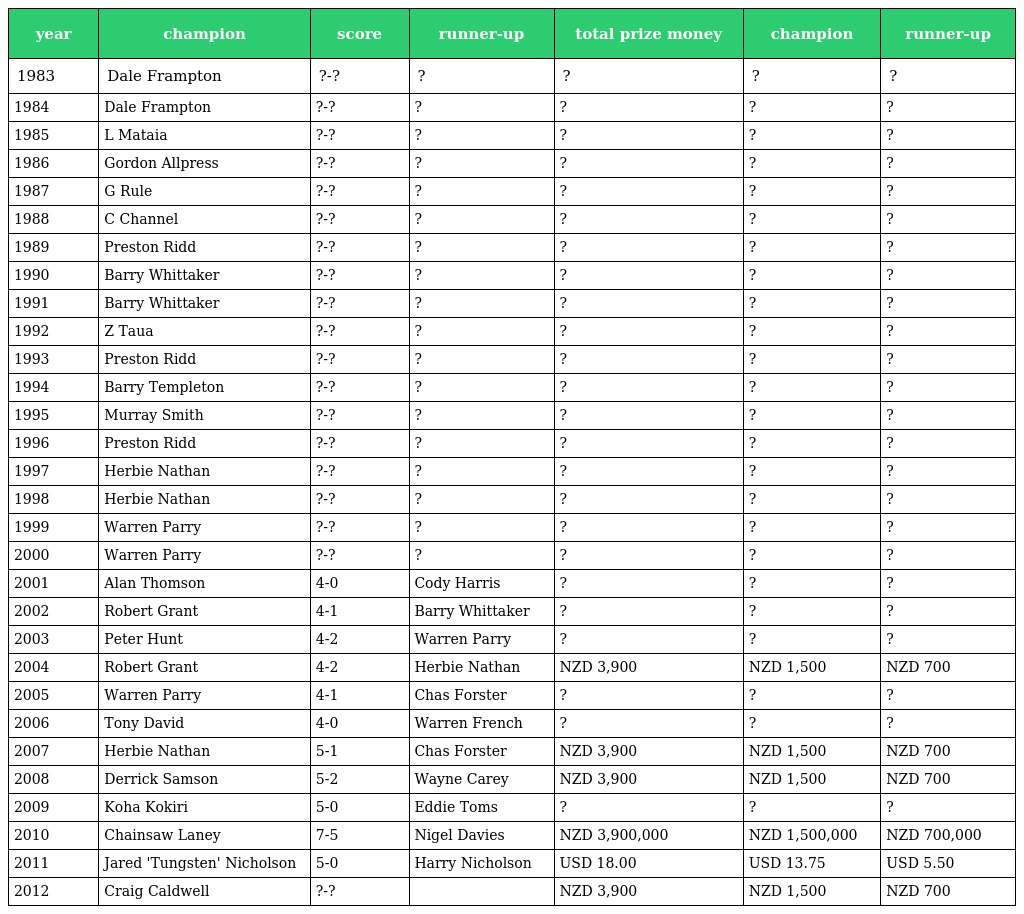
| year | champion | score | runner-up | total prize money | champion | runner-up |
 | --- | --- | --- | --- | --- | --- | --- |
 | 1983 | Dale Frampton | ?-? | ? | ? | ? | ? |
 | 1984 | Dale Frampton | ?-? | ? | ? | ? | ? |
 | 1985 | L Mataia | ?-? | ? | ? | ? | ? |
 | 1986 | Gordon Allpress | ?-? | ? | ? | ? | ? |
 | 1987 | G Rule | ?-? | ? | ? | ? | ? |
 | 1988 | C Channel | ?-? | ? | ? | ? | ? |
 | 1989 | Preston Ridd | ?-? | ? | ? | ? | ? |
 | 1990 | Barry Whittaker | ?-? | ? | ? | ? | ? |
 | 1991 | Barry Whittaker | ?-? | ? | ? | ? | ? |
 | 1992 | Z Taua | ?-? | ? | ? | ? | ? |
 | 1993 | Preston Ridd | ?-? | ? | ? | ? | ? |
 | 1994 | Barry Templeton | ?-? | ? | ? | ? | ? |
 | 1995 | Murray Smith | ?-? | ? | ? | ? | ? |
 | 1996 | Preston Ridd | ?-? | ? | ? | ? | ? |
 | 1997 | Herbie Nathan | ?-? | ? | ? | ? | ? |
 | 1998 | Herbie Nathan | ?-? | ? | ? | ? | ? |
 | 1999 | Warren Parry | ?-? | ? | ? | ? | ? |
 | 2000 | Warren Parry | ?-? | ? | ? | ? | ? |
 | 2001 | Alan Thomson | 4-0 | Cody Harris | ? | ? | ? |
 | 2002 | Robert Grant | 4-1 | Barry Whittaker | ? | ? | ? |
 | 2003 | Peter Hunt | 4-2 | Warren Parry | ? | ? | ? |
 | 2004 | Robert Grant | 4-2 | Herbie Nathan | NZD 3,900 | NZD 1,500 | NZD 700 |
 | 2005 | Warren Parry | 4-1 | Chas Forster | ? | ? | ? |
 | 2006 | Tony David | 4-0 | Warren French | ? | ? | ? |
 | 2007 | Herbie Nathan | 5-1 | Chas Forster | NZD 3,900 | NZD 1,500 | NZD 700 |
 | 2008 | Derrick Samson | 5-2 | Wayne Carey | NZD 3,900 | NZD 1,500 | NZD 700 |
 | 2009 | Koha Kokiri | 5-0 | Eddie Toms | ? | ? | ? |
 | 2010 | Chainsaw Laney | 7-5 | Nigel Davies | NZD 3,900,000 | NZD 1,500,000 | NZD 700,000 |
 | 2011 | Jared 'Tungsten' Nicholson | 5-0 | Harry Nicholson | USD 18.00 | USD 13.75 | USD 5.50 |
 | 2012 | Craig Caldwell | ?-? |  | NZD 3,900 | NZD 1,500 | NZD 700 |